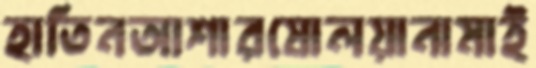
হাতিনআশারষোলয়ানামাই